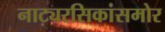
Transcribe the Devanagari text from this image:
नाट्यरसिकांसमोर